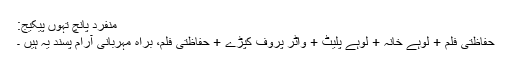
منفرد پانچ تہوں پیکیج:
حفاظتی فلم + لوہے خانہ + لوہے پلیٹ + واٹر پروف کپڑے + حفاظتی فلم، براہ مہربانی آرام پسند یہ ہیں ۔